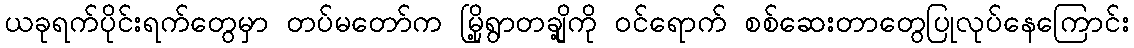
ယခုရက်ပိုင်းရက်တွေမှာ တပ်မတော်က မြို့ရွာတချို့ကို ဝင်ရောက် စစ်ဆေးတာတွေပြုလုပ်နေကြောင်း